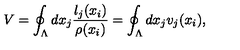
V = \oint _ { \Lambda } d x _ { j } \frac { l _ { j } ( x _ { i } ) } { \rho ( x _ { i } ) } = \oint _ { \Lambda } d x _ { j } v _ { j } ( x _ { i } ) ,